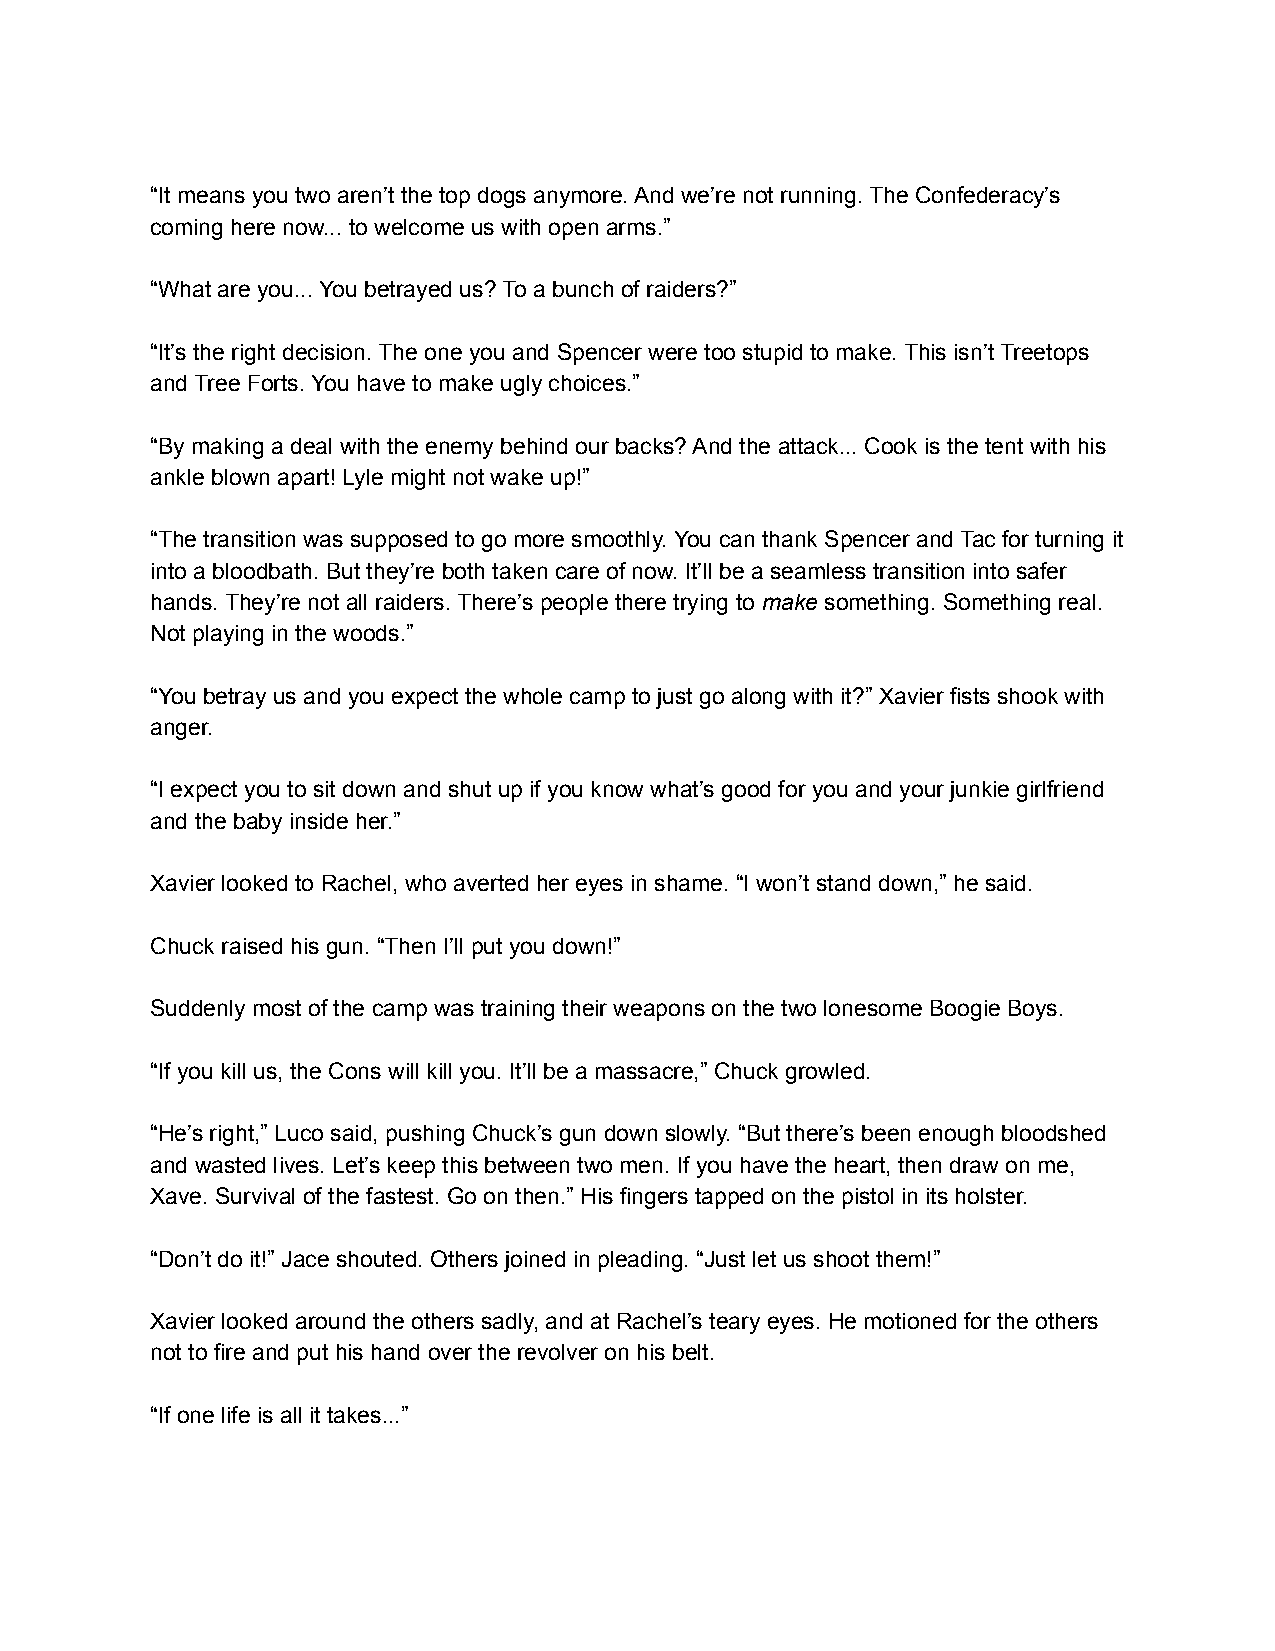
“It means you two aren’t the top dogs anymore. And we’re not running. The Confederacy’s
 coming here now... to welcome us with open arms.”
 “What are you... You betrayed us? To a bunch of raiders?”
 “It’s the right decision. The one you and Spencer were too stupid to make. This isn’t Treetops
 and Tree Forts. You have to make ugly choices.”
 “By making a deal with the enemy behind our backs? And the attack... Cook is the tent with his
 ankle blown apart! Lyle might not wake up!”
 “The transition was supposed to go more smoothly. You can thank Spencer and Tac for turning it
 into a bloodbath. But they’re both taken care of now. It’ll be a seamless transition into safer
 hands. They’re not all raiders. There’s people there trying to make something. Something real.
 Not playing in the woods.”
 “You betray us and you expect the whole camp to just go along with it?” Xavier fists shook with
 anger.
 “I expect you to sit down and shut up if you know what’s good for you and your junkie girlfriend
 and the baby inside her.”
 Xavier looked to Rachel, who averted her eyes in shame. “I won’t stand down,” he said.
 Chuck raised his gun. “Then I’ll put you down!”
 Suddenly most of the camp was training their weapons on the two lonesome Boogie Boys.
 “If you kill us, the Cons will kill you. It’ll be a massacre,” Chuck growled.
 “He’s right,” Luco said, pushing Chuck’s gun down slowly. “But there’s been enough bloodshed
 and wasted lives. Let’s keep this between two men. If you have the heart, then draw on me,
 Xave. Survival of the fastest. Go on then.” His fingers tapped on the pistol in its holster.
 “Don’t do it!” Jace shouted. Others joined in pleading. “Just let us shoot them!”
 Xavier looked around the others sadly, and at Rachel’s teary eyes. He motioned for the others
 not to fire and put his hand over the revolver on his belt.
 “If one life is all it takes...”